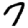
Digit: 7